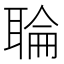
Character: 䎾